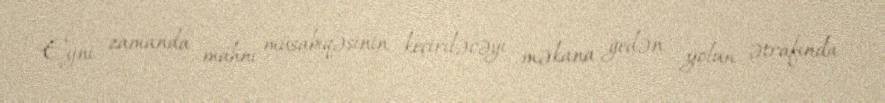
Eyni zamanda mahnı müsabiqəsinin keçiriləcəyi məkana gedən yolun ətrafında